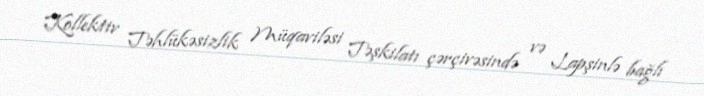
Kollektiv Təhlükəsizlik Müqaviləsi Təşkilatı çərçivəsində və Lapşinlə bağlı